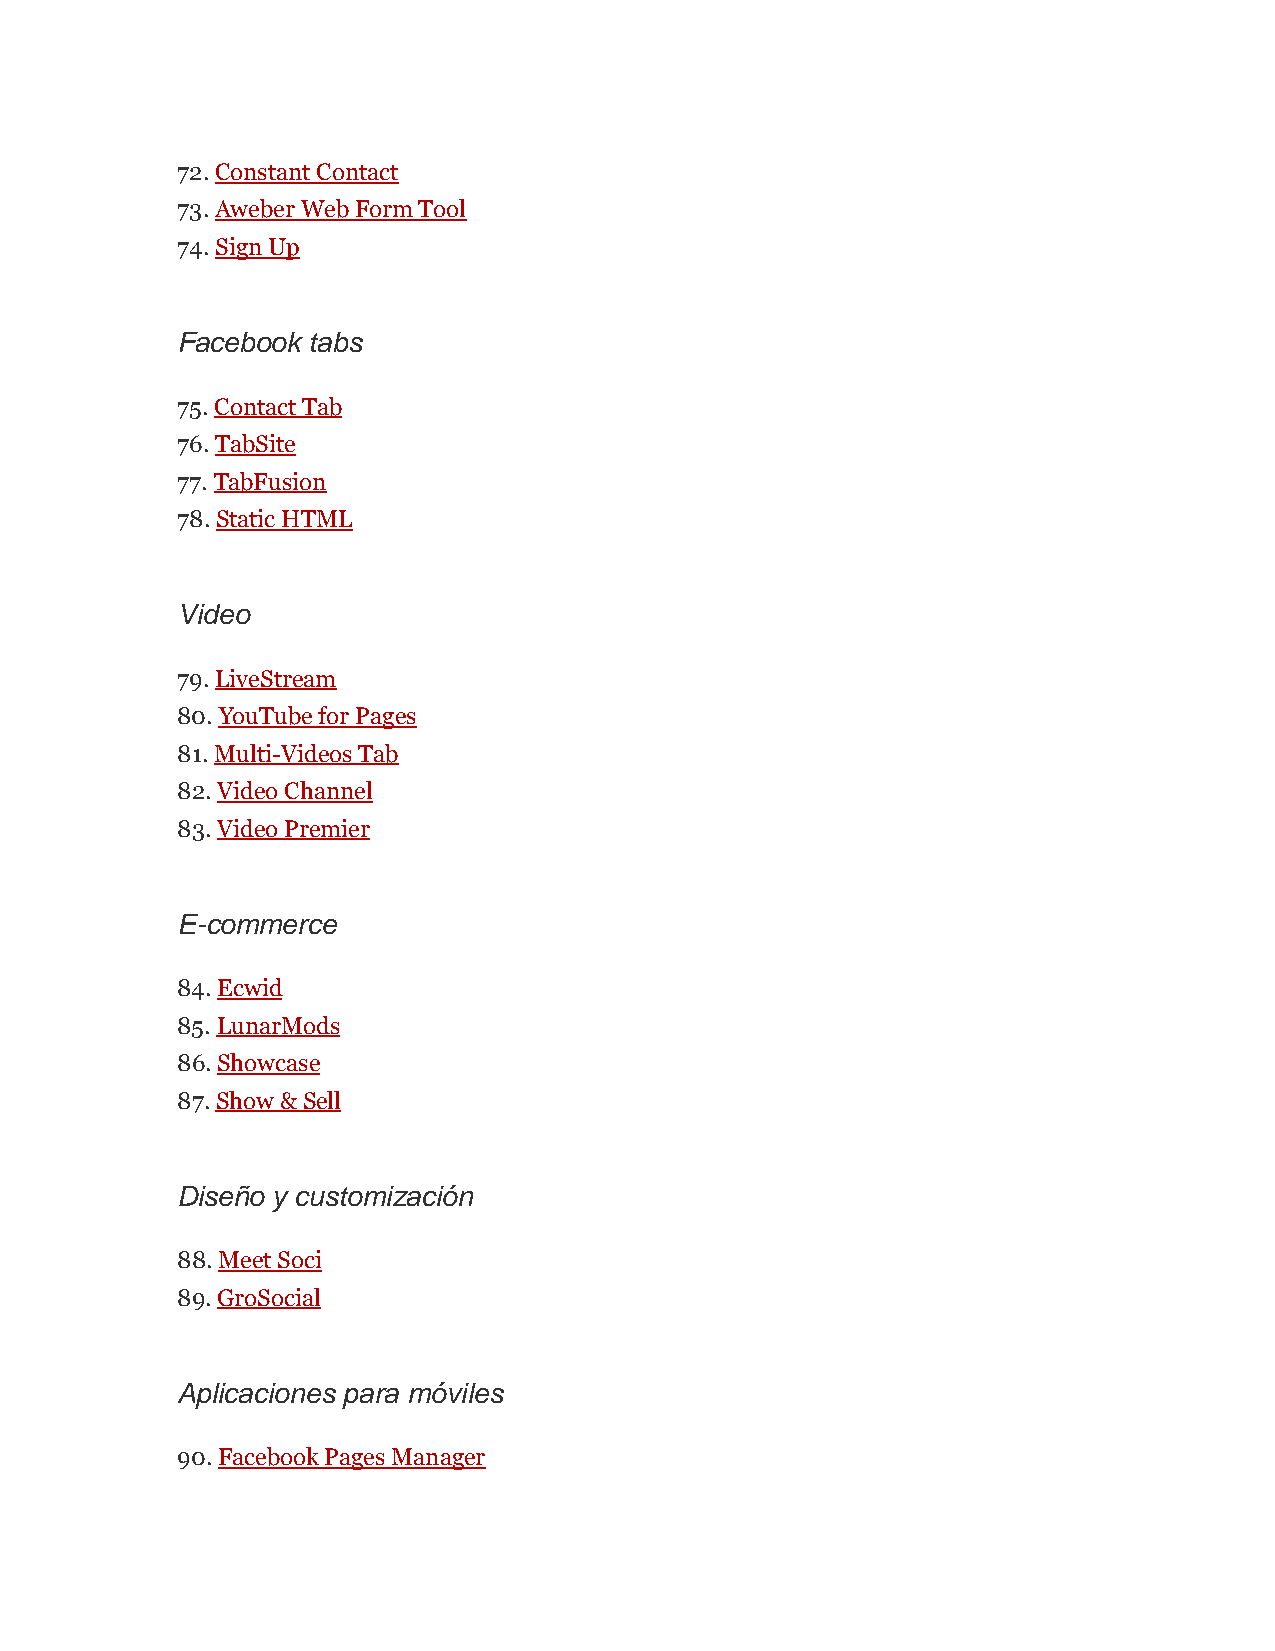
72. Constant Contact
 73. Aweber Web Form Tool
 74. Sign Up
 Facebook tabs
 75. Contact Tab
 76. TabSite
 77. TabFusion
 78. Static HTML
 Video
 79. LiveStream
 80. YouTube for Pages
 81. Multi-Videos Tab
 82. Video Channel
 83. Video Premier
 E-commerce
 84. Ecwid
 85. LunarMods
 86. Showcase
 87. Show & Sell
 Diseño y customización
 88. Meet Soci
 89. GroSocial
 Aplicaciones para móviles
 90. Facebook Pages Manager